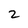
Character: 2